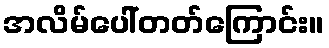
အလိမ်ပေါ်တတ်ကြောင်း။